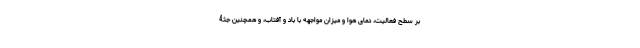
بر سطح فعالیت، دمای هوا و میزان مواجهه با باد و آفتاب، و همچنین جثۀ